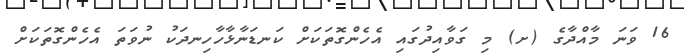
16 ވަނަ މާއްދާގެ (ށ) މި ގަވާއިދުގައި އެހެންގޮތަކަށް ކަނޑަނާޅާހާހިނދަކު ނުވަތަ އެހެންގޮތަކަށް